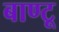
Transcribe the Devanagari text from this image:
बाण्टू